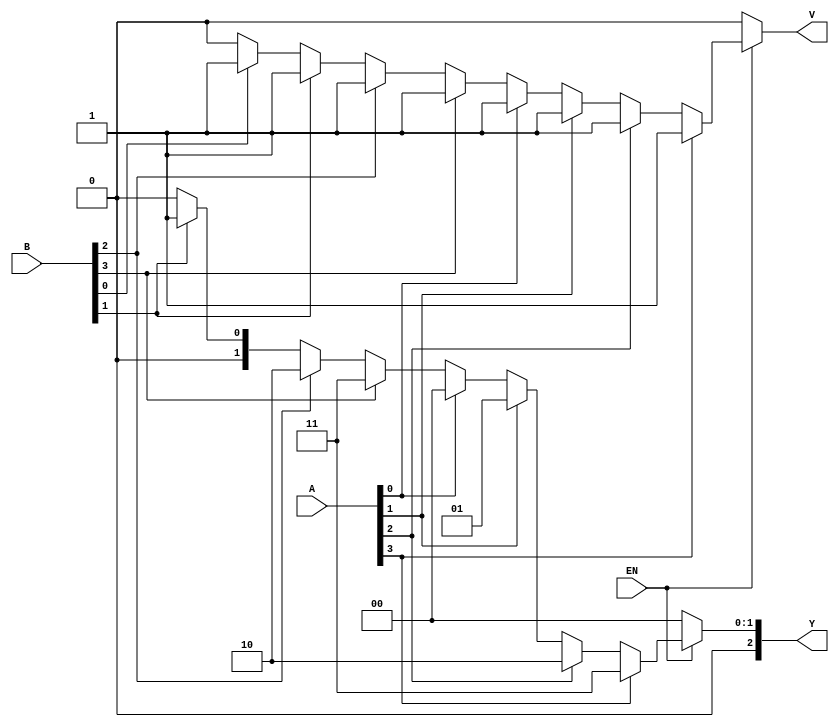
module dual_priority_encoder (
    input wire [3:0] A,      // Group A inputs
    input wire [3:0] B,      // Group B inputs
    input wire EN,           // Enable signal
    output reg [2:0] Y,      // 3-bit binary output
    output reg V             // Valid signal
);

    always @(*) begin
        if (EN) begin
            // Default values
            Y = 3'b000; // Default output
            V = 1'b0;   // Default valid signal

            // Check Group A inputs first
            if (A[3]) begin
                Y = 3'b011; // A3 is active
                V = 1'b1;
            end else if (A[2]) begin
                Y = 3'b010; // A2 is active
                V = 1'b1;
            end else if (A[1]) begin
                Y = 3'b001; // A1 is active
                V = 1'b1;
            end else if (A[0]) begin
                Y = 3'b000; // A0 is active
                V = 1'b1;
            end else begin
                // Check Group B inputs if Group A is inactive
                if (B[3]) begin
                    Y = 3'b011; // B3 is active
                    V = 1'b1;
                end else if (B[2]) begin
                    Y = 3'b010; // B2 is active
                    V = 1'b1;
                end else if (B[1]) begin
                    Y = 3'b001; // B1 is active
                    V = 1'b1;
                end else if (B[0]) begin
                    Y = 3'b000; // B0 is active
                    V = 1'b1;
                end
            end
        end else begin
            // If EN is low, set valid signal to 0
            Y = 3'b000; // Default output when disabled
            V = 1'b0;   // Valid signal is low
        end
    end

endmodule